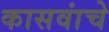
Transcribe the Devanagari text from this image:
कासवांचे